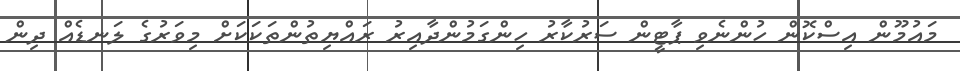
މައުމޫން އިސްކޮން ހުންނެވި ޕާޓީން ސަރުކާރު ހިންގަމުންދާއިރު ރައްޔިތުންތަކަކަށް މިވަރުގެ ލަނޑެއް ދިން